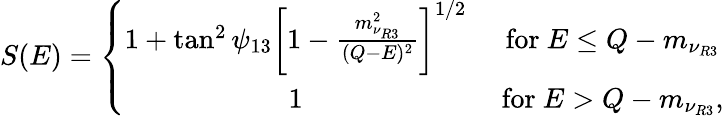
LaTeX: S(E)=\left\{ \begin{array}{cc}{{1+\tan^{2}\psi_{13}\bigg[1-{\frac{m_{\nu_{R3}}^{2}}{(Q-E)^{2}}}\bigg]^{1/2}}}&{{\mathrm{~for~}E\leq Q-m_{\nu_{R3}}}}\\ {{1}}&{{\mathrm{~for~}E>Q-m_{\nu_{R3}},}}\end{array}\right.